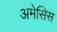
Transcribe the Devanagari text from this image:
अमेसिस